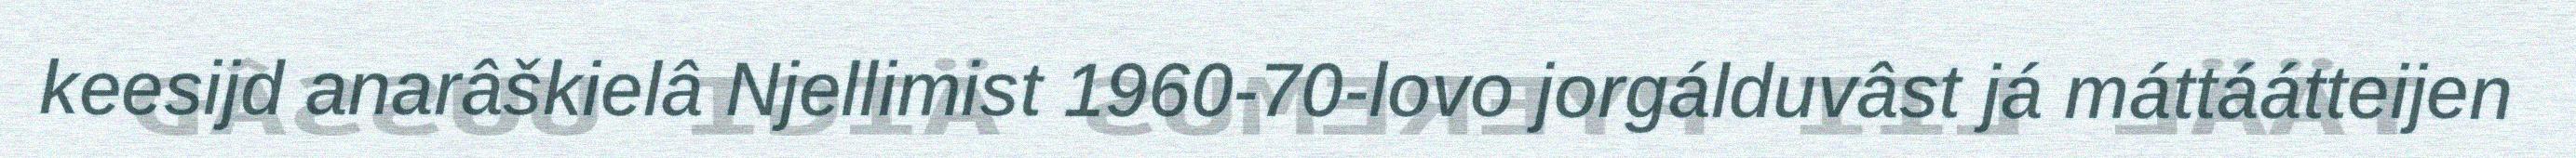
keesijd anarâškielâ Njellimist 1960-70-lovo jorgálduvâst já máttáátteijen